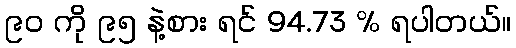
၉၀ ကို ၉၅ နဲ့စား ရင် 94.73 % ရပါတယ်။